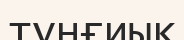
түнғиық